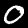
Label: 0